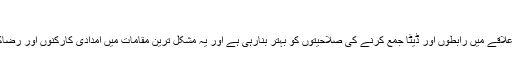
”
“پال ایلن کی سرمایہ کاری علاقے میں رابطوں اور ڈیٹا جمع کرنے کی صلاحیتوں کو بہتر بنارہی ہے اور یہ مشکل ترین مقامات میں امدادی کارکنوں اور رضاکاروں کو فائدہ پہنچائے گی۔